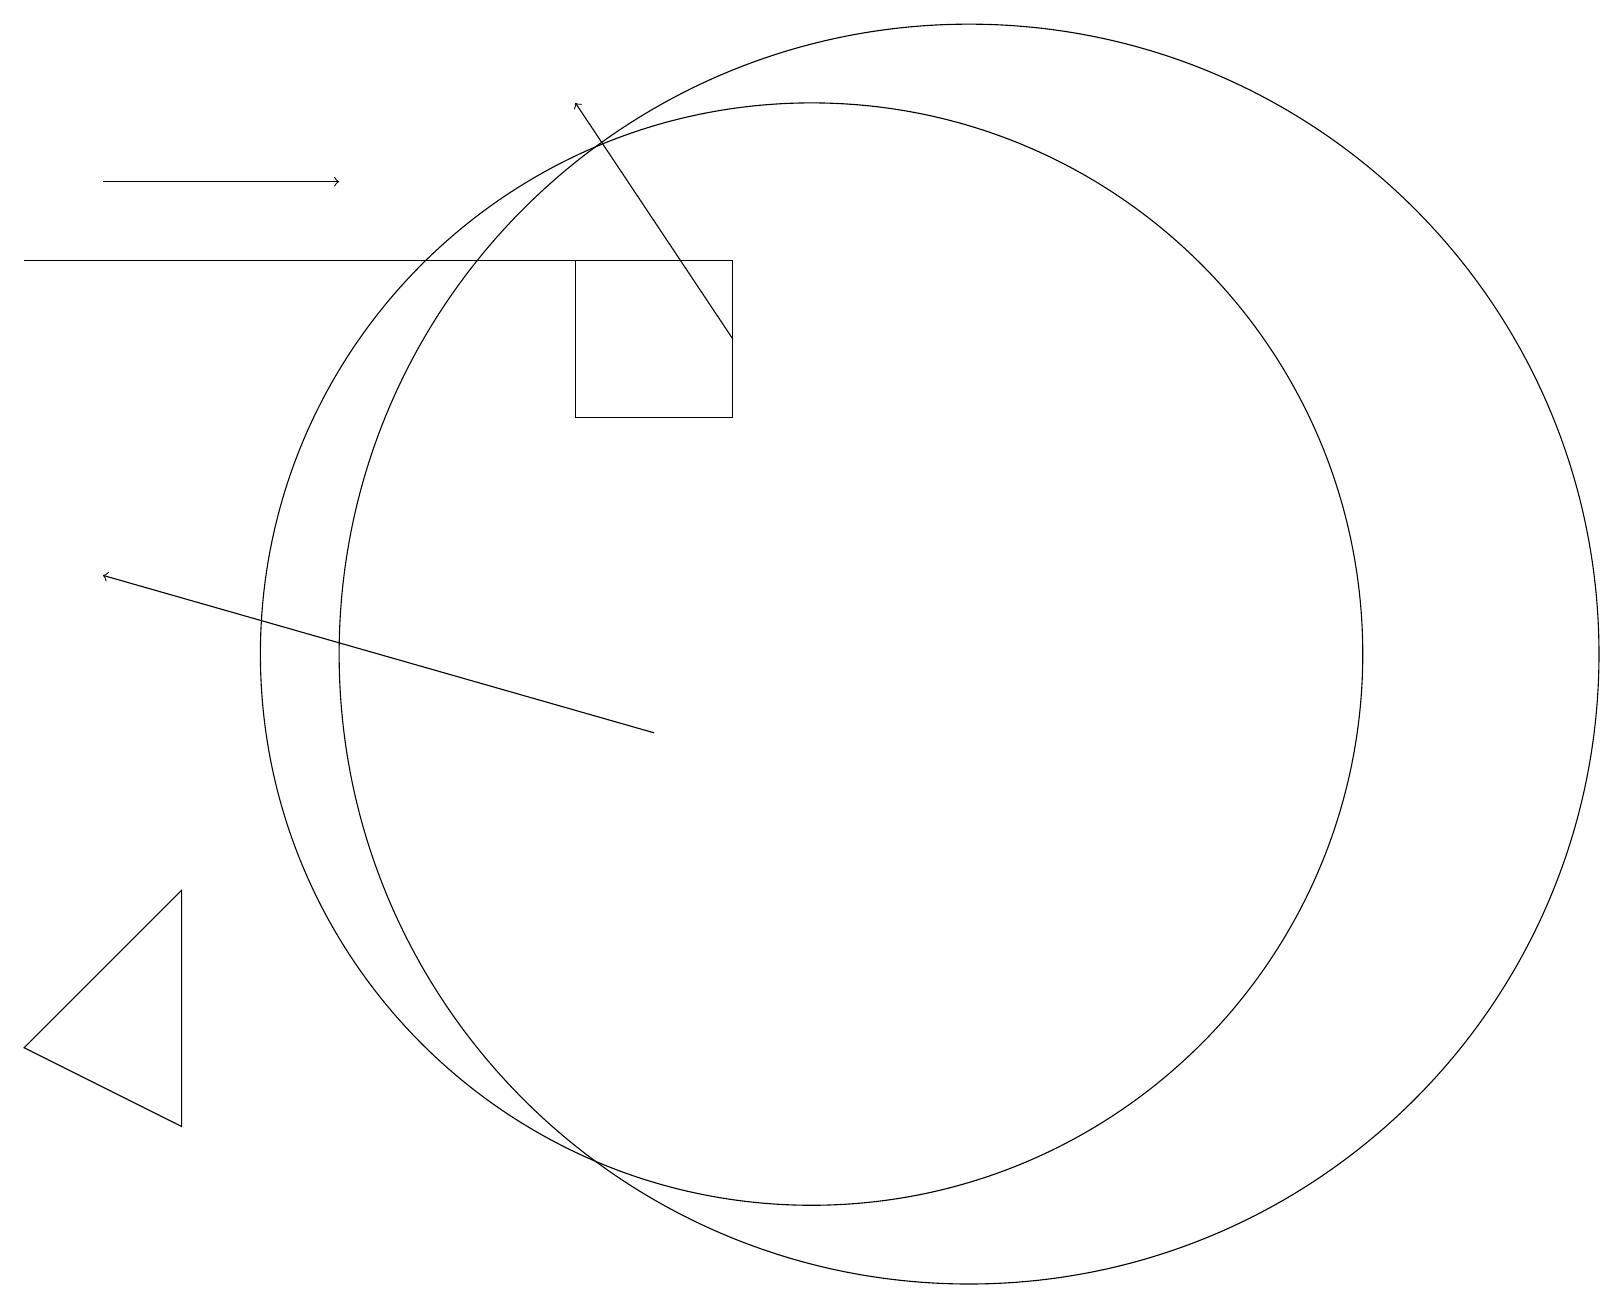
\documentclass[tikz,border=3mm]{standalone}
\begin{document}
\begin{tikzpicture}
\draw (12,11) circle (8);
\draw (9,16) rectangle (7,14);
\draw[->] (8,10) -- (1,12);
\draw (0,16) rectangle (9,16);
\draw[->] (1,17) -- (4,17);
\draw (10,11) circle (7);
\draw (0,6) -- (2,5) -- (2,8) -- cycle;
\draw[->] (9,15) -- (7,18);
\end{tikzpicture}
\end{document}